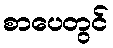
စာပေတွင်